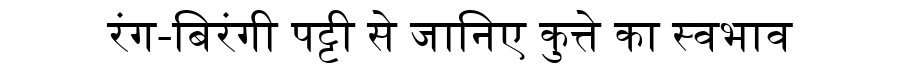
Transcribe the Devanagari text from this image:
रंग-बिरंगी पट्टी से जानिए कुत्ते का स्वभाव